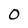
Character: O